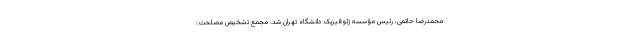
محمدرضا حاتمی، رئیس مؤسسه ژئوفیزیک دانشگاه تهران شد. مجمع تشخیص مصلحت: